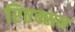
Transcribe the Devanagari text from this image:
रिएक्सन